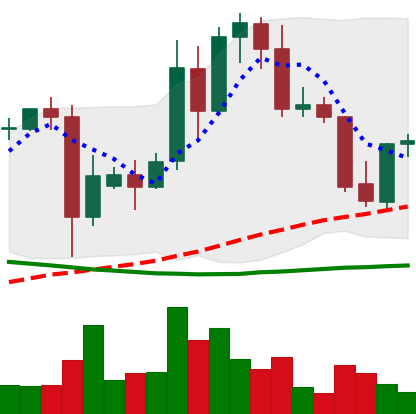
Ticker: TRX-USD
Chart end date: 2021-09-23
Forward return: -16.19%
Label: down_7plus